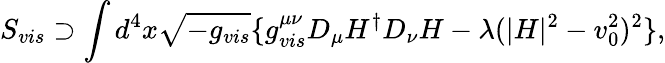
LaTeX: S_{vis}\supset\int d^{4}x\sqrt{-g_{vis}}\{ g_{vis}^{\mu\nu}D_{\mu}H^{\dagger}D_{\nu}H-\lambda(|H|^{2}-v_{0}^{2})^{2}\} ,